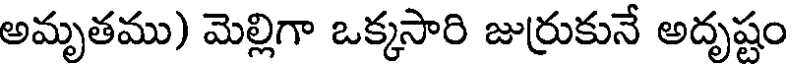
అమృతము) మెల్లిగా ఒక్కసారి జుర్రుకునే అదృష్టం